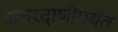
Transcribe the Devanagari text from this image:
अत्तरदाणीपर्यंत